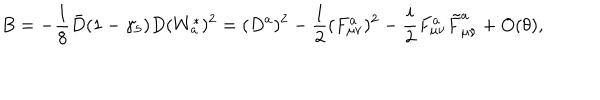
B = - \frac { 1 } { 8 } \bar { D } ( 1 - \gamma _ { 5 } ) D ( W _ { a } ^ { * } ) ^ { 2 } = ( D ^ { a } ) ^ { 2 } - \frac { 1 } { 2 } ( F _ { \mu \nu } ^ { a } ) ^ { 2 } - \frac { i } { 2 } F _ { \mu \nu } ^ { a } \tilde { F } _ { \mu \nu } ^ { a } + O ( \theta ) ,